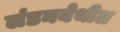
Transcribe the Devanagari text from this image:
लंडनयेथील